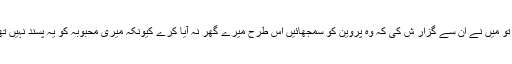
انہو ں نے کہا کہ اس وقت مہیش بھٹ پروین کے نئے دوست تھے تو میں نے ان سے گزار ش کی کہ وہ پروین کو سمجھائیں اس طرح میرے گھر نہ آیا کرے کیونکہ میری محبوبہ کو یہ پسند نہیں تھا اور کوئی بھی لڑکی ایسی چیزوں کو برداشت نہیں کرسکتی تھی ۔